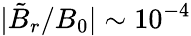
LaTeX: |\tilde{B}_{r}/B_{0}|\sim 10^{-4}